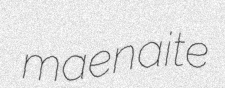
maenaite